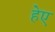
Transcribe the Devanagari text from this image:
हेए